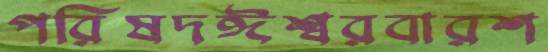
পরিষদঈশ্বরবারশ